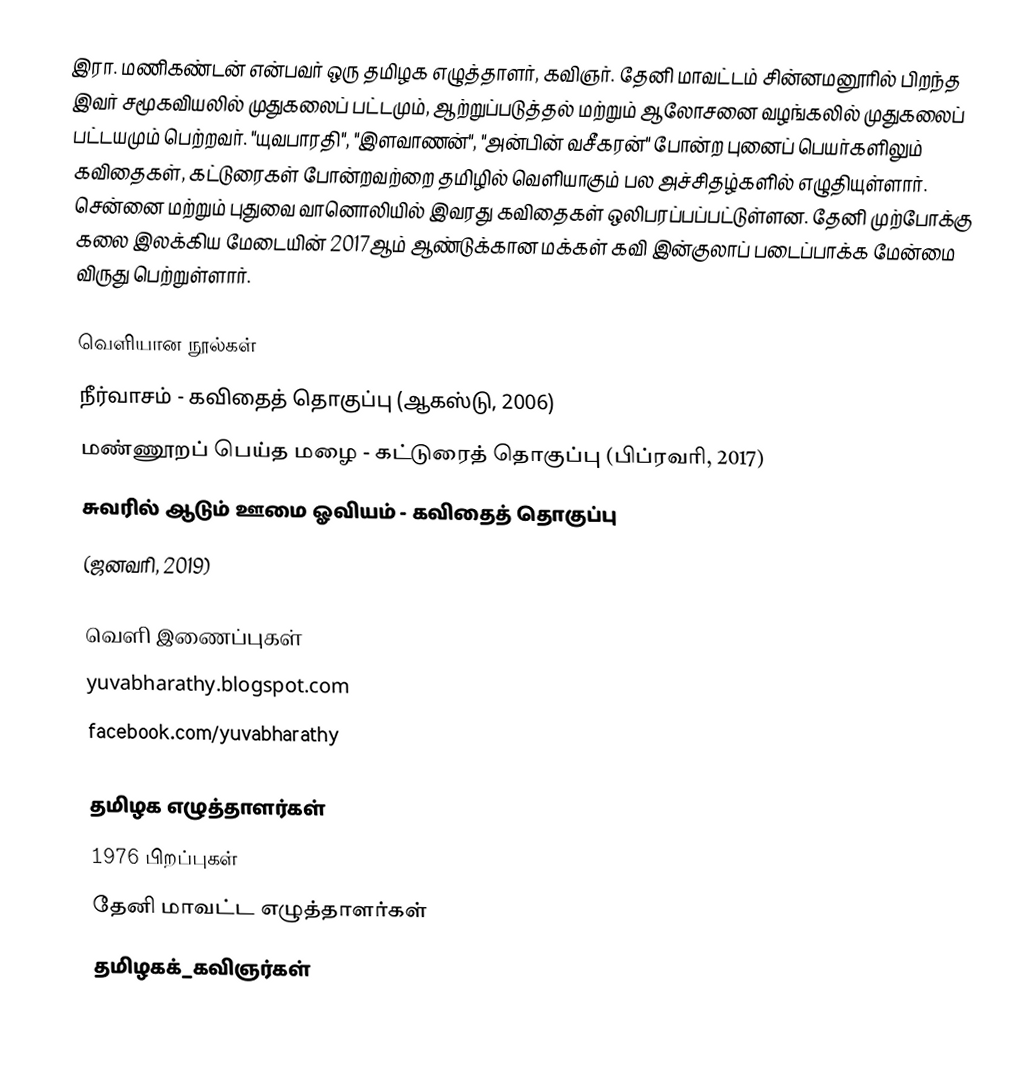
இரா. மணிகண்டன் என்பவர் ஒரு தமிழக எழுத்தாளர், கவிஞர். தேனி மாவட்டம் சின்னமனூரில் பிறந்த இவர் சமூகவியலில் முதுகலைப் பட்டமும், ஆற்றுப்படுத்தல் மற்றும் ஆலோசனை வழங்கலில் முதுகலைப் பட்டயமும் பெற்றவர். "யுவபாரதி",  "இளவாணன்", "அன்பின் வசீகரன்" போன்ற புனைப் பெயர்களிலும் கவிதைகள், கட்டுரைகள் போன்றவற்றை தமிழில் வெளியாகும் பல அச்சிதழ்களில் எழுதியுள்ளார். சென்னை மற்றும் புதுவை வானொலியில் இவரது கவிதைகள் ஒலிபரப்பப்பட்டுள்ளன. தேனி முற்போக்கு கலை இலக்கிய மேடையின் 2017ஆம் ஆண்டுக்கான மக்கள் கவி இன்குலாப் படைப்பாக்க மேன்மை விருது பெற்றுள்ளார்.

வெளியான நூல்கள்
 நீர்வாசம் - கவிதைத் தொகுப்பு (ஆகஸ்டு,  2006)
 மண்ணூறப் பெய்த மழை - கட்டுரைத் தொகுப்பு (பிப்ரவரி,   2017)
 சுவரில் ஆடும் ஊமை ஓவியம் - கவிதைத் தொகுப்பு
(ஜனவரி,   2019)

வெளி இணைப்புகள்
yuvabharathy.blogspot.com
facebook.com/yuvabharathy

தமிழக எழுத்தாளர்கள்
1976 பிறப்புகள்
தேனி மாவட்ட எழுத்தாளர்கள்
தமிழகக்_கவிஞர்கள்